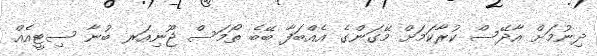
ދިނުމަށް އާދޭސް ކުރާކަމަށް މޭގަންގެ އެއްބަފާ ބޭބެ ތޯމަސް ޖޫނިއަރ ބުނާ ސިޓީއެއް